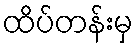
ထိပ်တန်းမှ